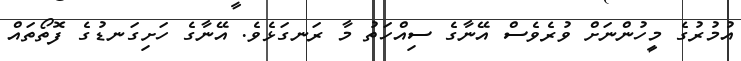
އުމުރުގެ މީހުންނަށް ވުރެވެސް އޭނާގެ ސިއްހަތު މާ ރަނގަޅެވެ. އޭނާގެ ހަށިގަނޑުގެ ފޮތޯތައް